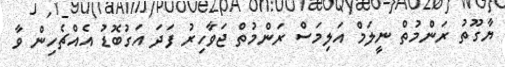
ޔާގޫތު ރަންމުތް ނީލަމް އަލިމަސް ރަންމުތް ޖަވާހިރު ފަދަ އަގުބޮޑު އެއްޗެހިން ވާ